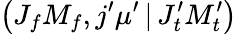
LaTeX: \left(J_{f}M_{f},j^{\prime}\mu^{\prime}\, |\, J_{t}^{\prime}M_{t}^{\prime}\right)